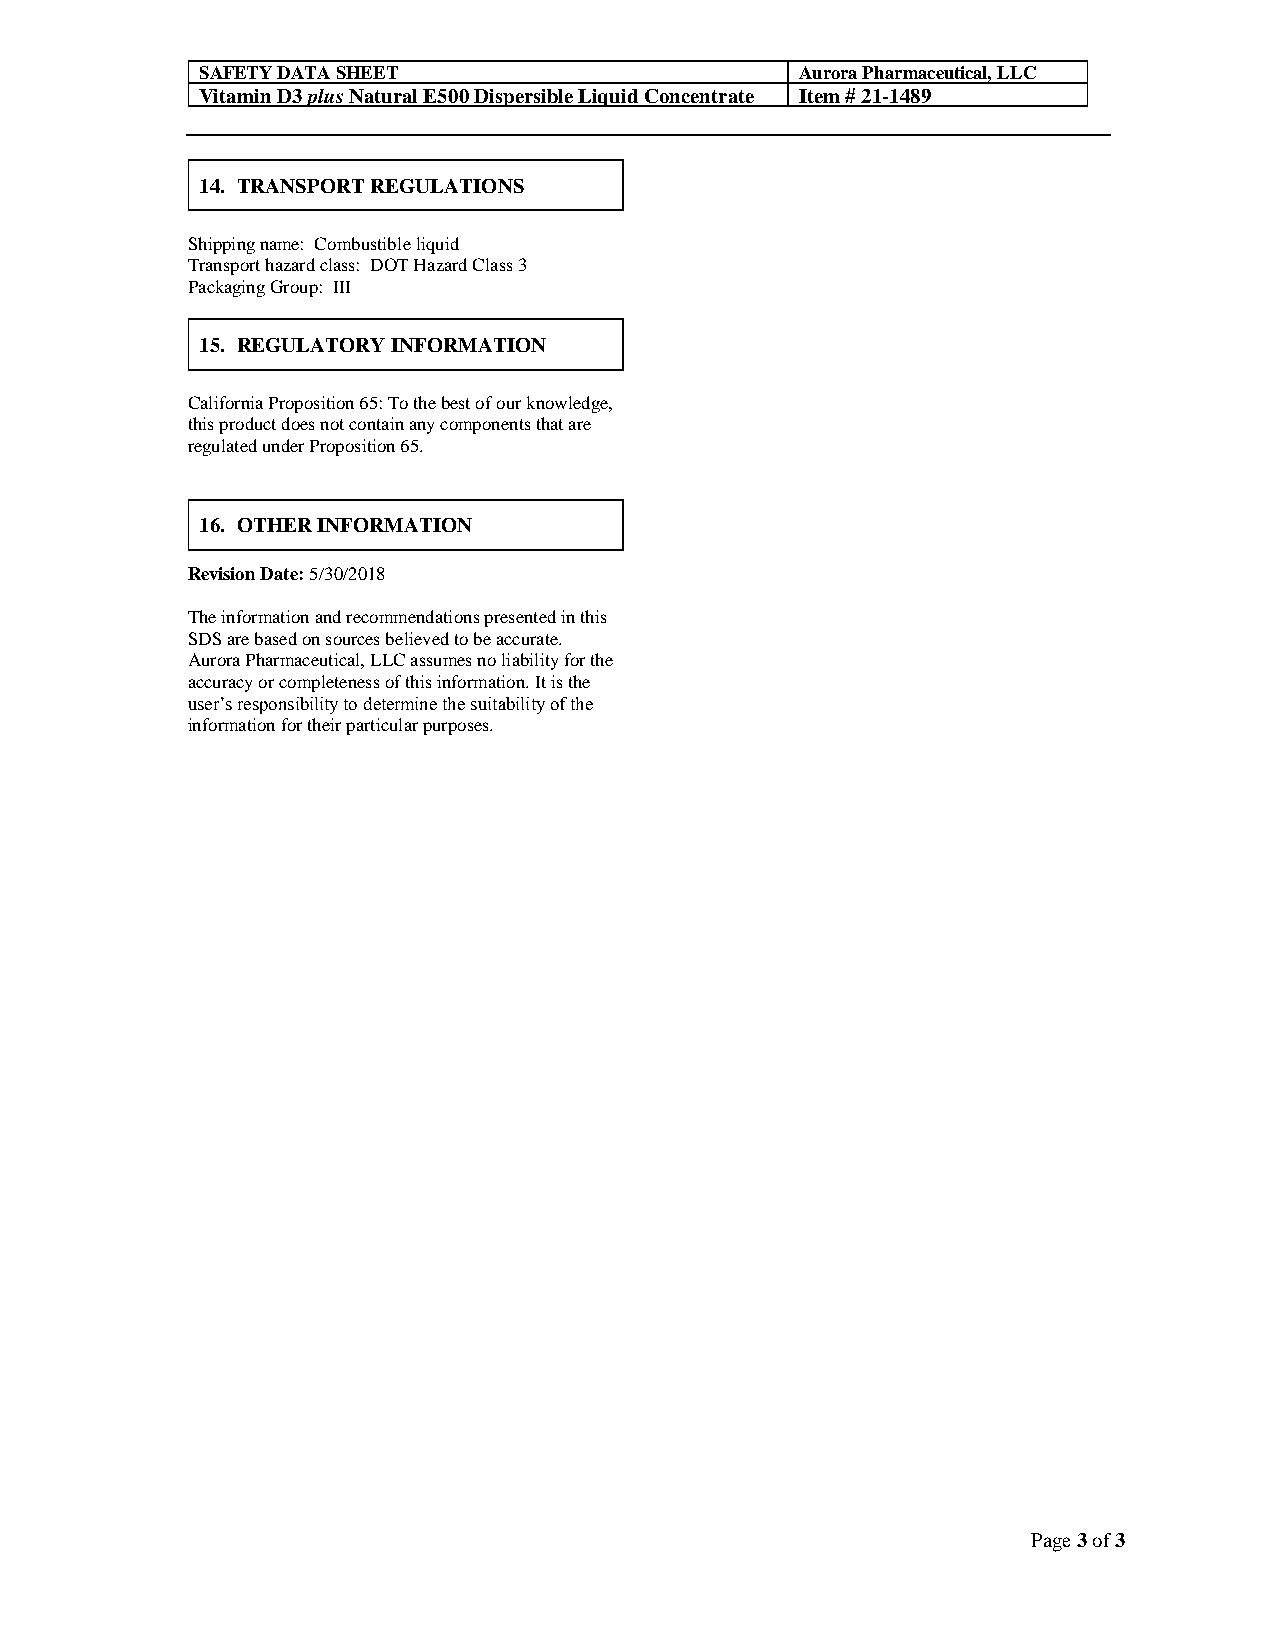
SAFETY DATA SHEET                       Aurora Pharmaceutical, LLC
 Vitamin D3 plus Natural E500 Dispersible Liquid Concentrate Item # 21-1489
 14. TRANSPORT REGULATIONS
 Shipping name: Combustible liquid
 Transport hazard class: DOT Hazard Class 3
 Packaging Group: III
 15. REGULATORY INFORMATION
 California Proposition 65: To the best of our knowledge,
 this product does not contain any components that are
 regulated under Proposition 65.
 16. OTHER INFORMATION
 Revision Date: 5/30/2018
 The information and recommendations presented in this
 SDS are based on sources believed to be accurate.
 Aurora Pharmaceutical, LLC assumes no liability for the
 accuracy or completeness of this information. It is the
 user’s responsibility to determine the suitability of the
 information for their particular purposes.
 Page 3 of 3